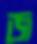
জ